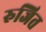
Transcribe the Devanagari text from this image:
रुजित